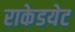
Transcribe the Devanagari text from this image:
राकेडयेट